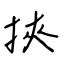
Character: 挾